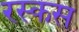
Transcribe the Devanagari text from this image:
रस्कस